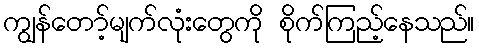
ကျွန်တော့်မျက်လုံးတွေကို စိုက်ကြည့်နေသည်။